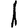
Digit: 1